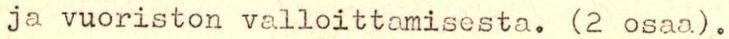
ja vuoriston valloittamisesta. (2 osaa) .